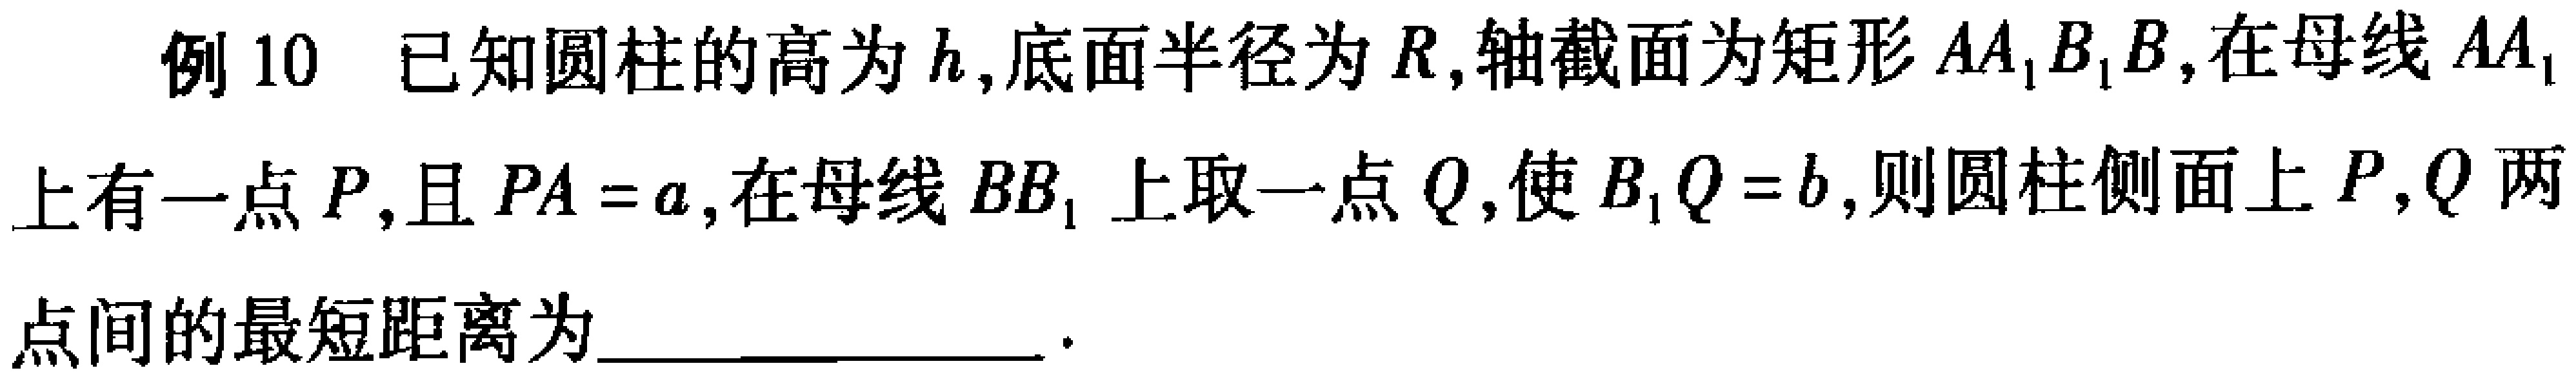
例 10 已知圆柱的高为\(h\)，底面半径为\(R\)，轴截面为矩形\(AA_{1}B_{1}B\)，在母线\(AA_{1}\)上有一点\(P\)，且\(PA = a\)，在母线\(BB_{1}\)上取一点\(Q\)，使\(B_{1}Q = b\)，则圆柱侧面上\(P,Q\)两点间的最短距离为  。